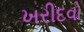
ખરીદવો